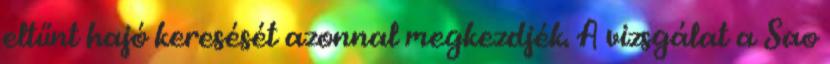
eltűnt hajó keresését azonnal megkezdjék. A vizsgálat a Sao